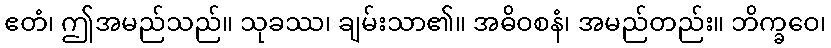
ဧတံ၊ ဤအမည်သည်။ သုခဿ၊ ချမ်းသာ၏။ အဓိဝစနံ၊ အမည်တည်း။ ဘိက္ခဝေ၊